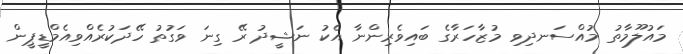
މައުލޫމާތު މުއްސަނދިވި މުޒާހަރާގެ ބައިވެރިންނާ އެކު ނަޝީދު ރޭ ގިނަ ވަގުތު ހޭދަކުރެއްވިއެމްޑީޕީން